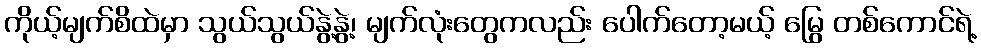
ကိုယ့်မျက်စိထဲမှာ သွယ်သွယ်နွဲ့နွဲ့၊ မျက်လုံးတွေကလည်း ပေါက်တော့မယ့် မြွေ တစ်ကောင်ရဲ့